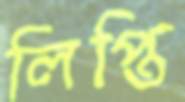
লিপ্তি